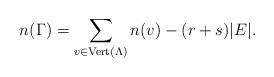
LaTeX: \begin{align*}n(\Gamma) = \sum_{v \in \mathrm{Vert}(\Lambda)} n(v) - (r+s) |E|.\end{align*}